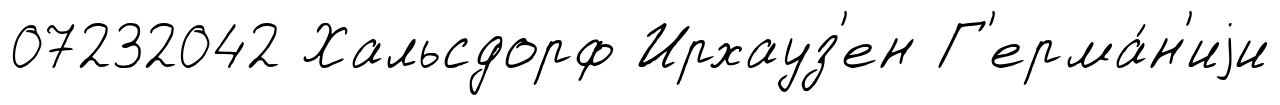
07232042 Хальсдорф Ирхауз'ен Г'ерма́н'иjи